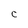
Character: C